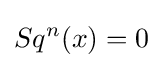
Sq^{n}(x)=0